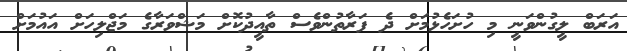
އަރަބް ލީގުންވަނީ މި ހުށަހެޅުމަށް ދެ ފަރާތުންވެސް ތާއީދުކޮށް މަޝްވަރާގެ މަޖްލިހަށް އައުމަށް